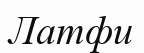
Латфи